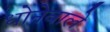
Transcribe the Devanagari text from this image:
धोनेवाले